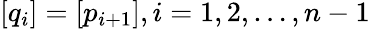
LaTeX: [q_{i}]=[p_{i+1}],i=1,2,\dots,n-1